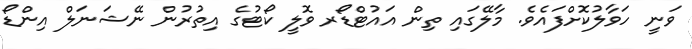
ވަނީ ހަވާލުކޮށްފައެވެ. މާލޭގައި ތިން އައުޓްޑޯރ ވޮލީ ކޯޓުގެ އިތުރުން ނޭޝަނަލް އިންޑޯ